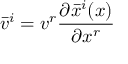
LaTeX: { \bar { v } } ^ { i } = v ^ { r } { \frac { \partial { \bar { x } } ^ { i } ( x ) } { \partial x ^ { r } } }